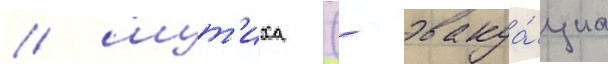
/ шут'иха (- эвакуа́циа